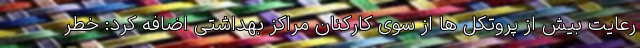
رعایت بیش از پروتکل ها از سوی کارکنان مراکز بهداشتی اضافه کرد: خطر